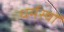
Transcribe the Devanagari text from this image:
धर्मस्वों